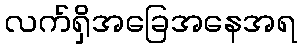
လက်ရှိအခြေအနေအရ